Newspaper: Iowa County democrat. [volume]
Place of publication: Mineral Point, Wis.
Publisher: Crawford & Bro.
Date: 1890-09-19 00:00:00
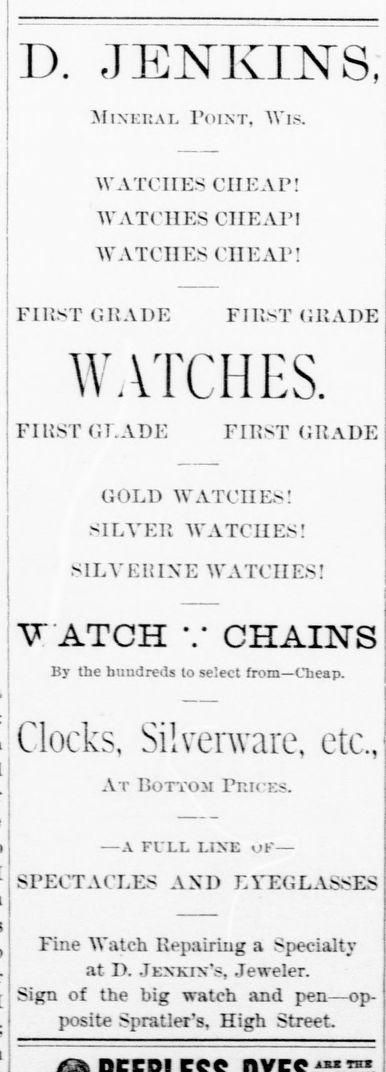
Advertisement text (OCR):
D. JENKINS, Mineral Point, Wis. WATCHES CHEAP! WATCHES CHE API WATCHES CHEAP! FIRST GRADE FIRST GRADE WATCHES. FIRST GT.ADE FIRST GRADE GOLD WATCHES! SILVER WATCHES! SILVERINE WATCHES! W ATCH V CHAINS By the hundreds to select from—Cheap. Clocks, Silverware, etc., At Bottom Prices. —A FULL LINE OF— SPECTACLES AND EYEGLASSES j Fine Watch Repairing a Specialty at I>. Jenkin’s, Jeweler. Sign of the big watch and pen—op posite Spratler's. High Street.
Label: text-only